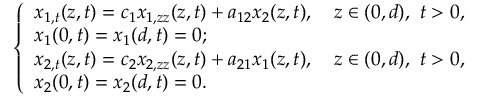
\left\{ \begin{array} { l } { { x _ { 1 , t } ( z , t ) = c _ { 1 } x _ { 1 , z z } ( z , t ) + a _ { 1 2 } x _ { 2 } ( z , t ) , \quad z \in ( 0 , d ) , \ t > 0 , } } \\ { { x _ { 1 } ( 0 , t ) = x _ { 1 } ( d , t ) = 0 ; } } \\ { { x _ { 2 , t } ( z , t ) = c _ { 2 } x _ { 2 , z z } ( z , t ) + a _ { 2 1 } x _ { 1 } ( z , t ) , \quad z \in ( 0 , d ) , \ t > 0 , } } \\ { { x _ { 2 } ( 0 , t ) = x _ { 2 } ( d , t ) = 0 . } } \end{array} \right.